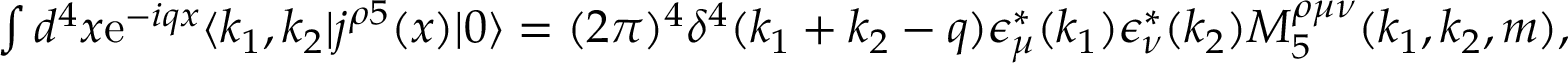
\begin{array} { r } { \int d ^ { 4 } x \mathrm { { e } } ^ { - i q x } \langle k _ { 1 } , k _ { 2 } | j ^ { \rho 5 } ( x ) | 0 \rangle = ( 2 \pi ) ^ { 4 } \delta ^ { 4 } ( k _ { 1 } + k _ { 2 } - q ) \epsilon _ { \mu } ^ { \ast } ( k _ { 1 } ) \epsilon _ { \nu } ^ { \ast } ( k _ { 2 } ) M _ { 5 } ^ { \rho \mu \nu } ( k _ { 1 } , k _ { 2 } , m ) , } \end{array}